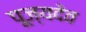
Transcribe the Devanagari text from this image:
पूज्यदेव